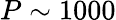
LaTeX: P\sim 1000